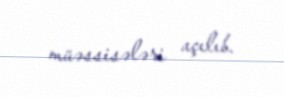
müəssisələri açılıb.